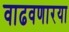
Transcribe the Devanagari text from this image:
वाढवणारया